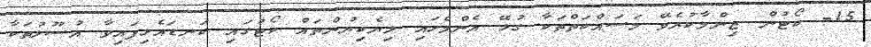
15- ކޯޓުން ޒިންމާކުރެވޭ މަސައްކަތްތަކާ ގުޅޭ އެންމެހައި ލިޔެކިޔުންތައް ކޯޓުގައި ކަނޑައެޅިފައިވާ އުސޫލުތަކާ